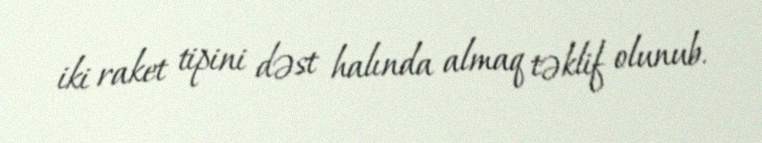
iki raket tipini dəst halında almaq təklif olunub.